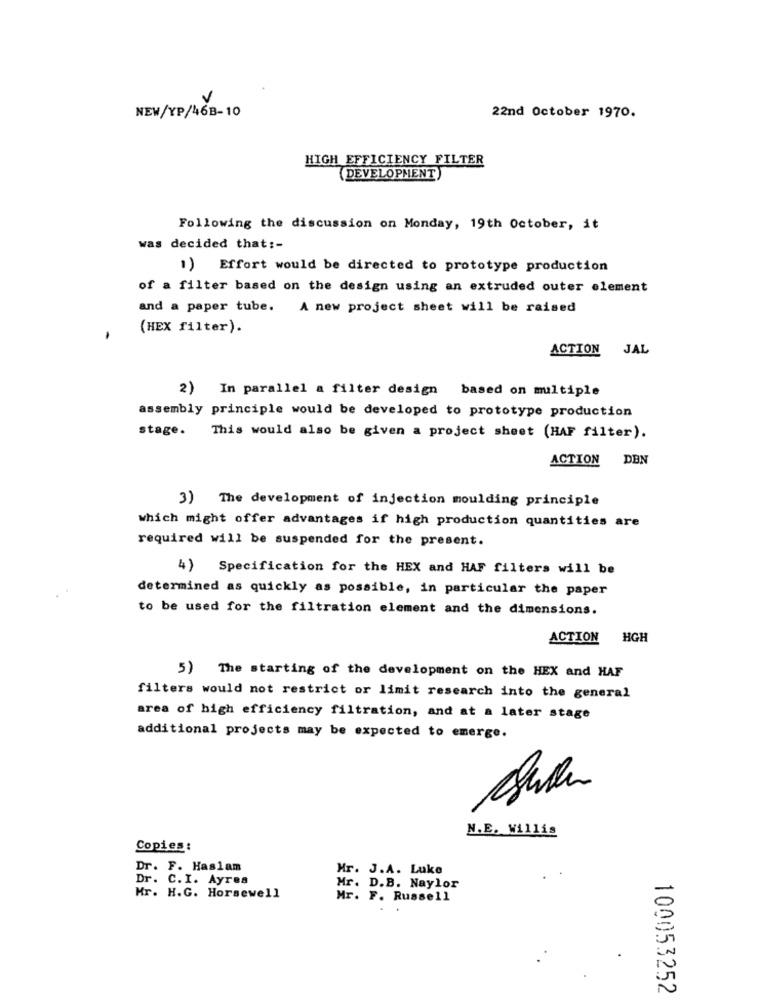
NEW/YP/46B-10
22nd October 1970.
HIGH EFFICIENCY FILTER
(DEVELOPMENT)
Following the discussion on Monday, 19th October, it
was decided that :-
) Effort would be directed to prototype production
of a filter based on the design using an extruded outer element
and a paper tube.
A new project sheet will be raised
(HEX filter).
ACTION
JAL
2) In parallel a filter design based on multiple
assembly principle would be developed to prototype production
stage. This would also be given a project sheet (HAF filter).
ACTION DEN
3) The development of injection moulding principle
which might offer advantages if high production quantities are
required will be suspended for the present.
4) Specification for the HEX and HAF filters will be
determined as quickly as possible, in particular the paper
to be used for the filtration element and the dimensions.
ACTION HGH
5) The starting of the development on the HEX and HAF
filters would not restrict or limit research into the general
area of high efficiency filtration, and at a later stage
additional projects may be expected to emerge.
N.E. Willis
Copies :
Dr. F. Haslam
Mr. J.A. Luke
Dr. C.I. Ayres
Mr. D.B. Naylor
Mr. H.G. Horsewell
Mr. F. Russell
100053252